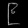
Digit: ၉